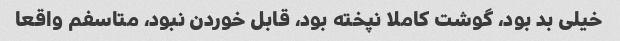
خیلی بد بود، گوشت کاملا نپخته بود، قابل خوردن نبود، متاسفم واقعا